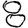
Digit: 8